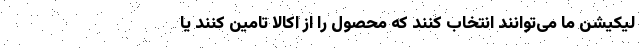
لیکیشن ما می‌توانند انتخاب کنند که محصول را از اکالا تامین کنند یا